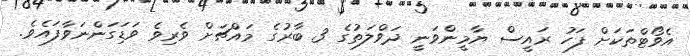
އެވޯޓްތަކަށް ފަހު ރައީސް ޔާމީންވަނީ ދަވްލަތުގެ 3 ބާރުގެ މައްޗަށް ވެރިވެ ވަޑަިގަންނަވާފައެވެ.